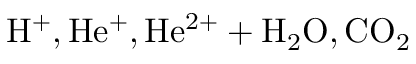
\mathrm { H ^ { + } , H e ^ { + } , H e ^ { 2 + } + H _ { 2 } O , C O _ { 2 } }